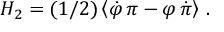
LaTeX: H _ { 2 } = ( 1 / 2 ) \left\langle \dot { \varphi } \, \pi - \varphi \, \dot { \pi } \right\rangle \, .